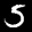
Label: 5